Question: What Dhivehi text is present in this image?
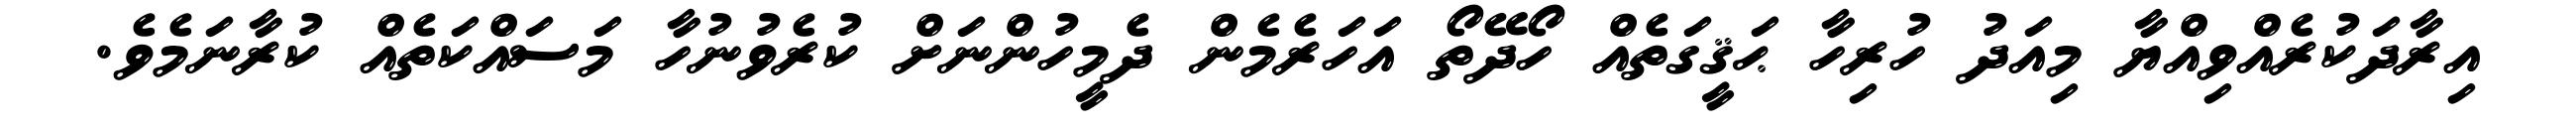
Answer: އިރާދަކުރެއްވިއްޔާ މިއަދު ހުރިހާ ޙަޤީގަތެއް ހޯދޭތޯ އަހަރެމެން ދެމީހުންނަށް ކުރެވުނުހާ މަސައްކަތެއް ކުރާނަމެވެ.